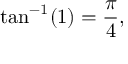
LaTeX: \tan ^ { - 1 } ( 1 ) = { \frac { \pi } { 4 } } ,